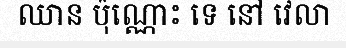
ឈាន ប៉ុណ្ណោះ ទេ នៅ វេលា